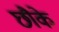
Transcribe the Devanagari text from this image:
छौके